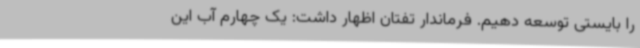
را بایستی توسعه دهیم. فرماندار تفتان اظهار داشت: یک چهارم آب این